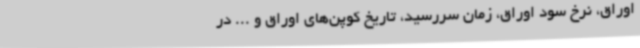
اوراق، نرخ سود اوراق، زمان سررسید، تاریخ کوپن‌های اوراق و ... در